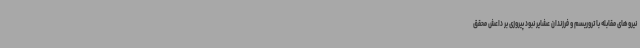
نیروهای مقابله با تروریسم و فرزندان عشایر نبود پیروزی بر داعش محقق